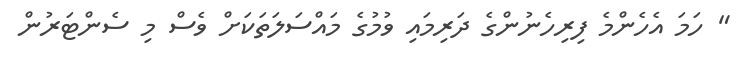
" ހަމަ އެހެންމެ ފިރިހެނުންގެ ދަރިމައި ވުމުގެ މައްސަލަތަކަށް ވެސް މި ސެންޓަރުން